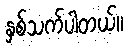
နှစ်သက်ပါတယ်။